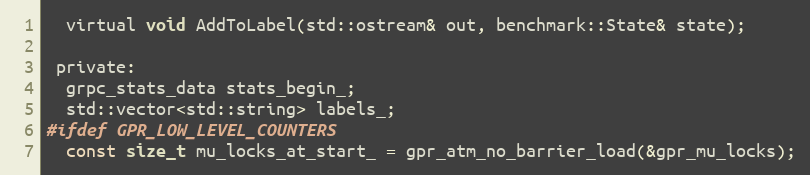
Language: C
  virtual void AddToLabel(std::ostream& out, benchmark::State& state);

 private:
  grpc_stats_data stats_begin_;
  std::vector<std::string> labels_;
#ifdef GPR_LOW_LEVEL_COUNTERS
  const size_t mu_locks_at_start_ = gpr_atm_no_barrier_load(&gpr_mu_locks);